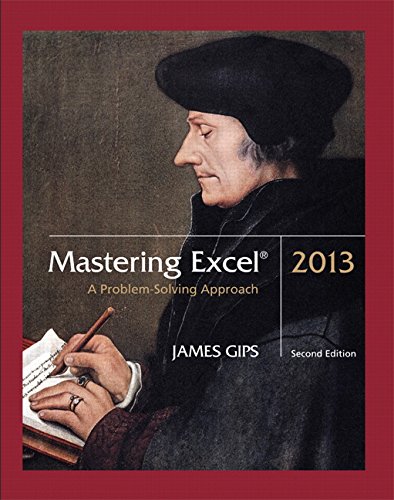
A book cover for Mastering Excel 2013: A Problem-Solving Approach (2nd Edition); James Gips; Business & Money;